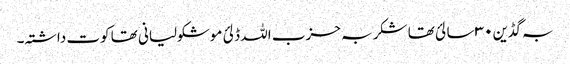
بہ گڈین ۳۰ سالئ تھا شکر بہ حزب اللہ ڈلئ موشکولیانی تھا کوت داشتہ۔